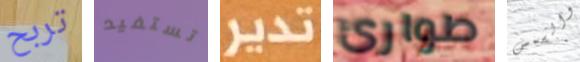
تربح تستفيد تدير طوارئ والشمس